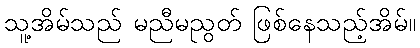
သူ့အိမ်သည် မညီမညွတ် ဖြစ်နေသည့်အိမ်။